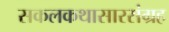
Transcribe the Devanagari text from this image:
सकलकथासारसंग्रह